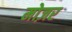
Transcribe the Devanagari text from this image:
मोज़र